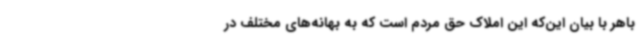
باهر با بیان این‌که این املاک حق مردم است که به بهانه‌های مختلف در